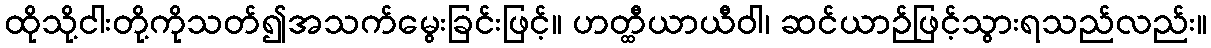
ထိုသို့ငါးတို့ကိုသတ်၍အသက်မွေးခြင်းဖြင့်။ ဟတ္ထီယာယီဝါ၊ ဆင်ယာဉ်ဖြင့်သွားရသည်လည်း။